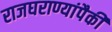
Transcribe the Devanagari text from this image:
राजघराण्यांपैकी